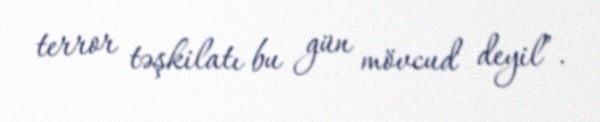
terror təşkilatı bu gün mövcud deyil”.